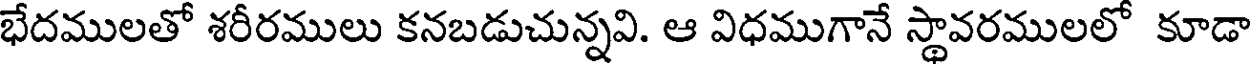
భేదములతో శరీరములు కనబడుచున్నవి. ఆ విధముగానే స్థావరములలో కూడా